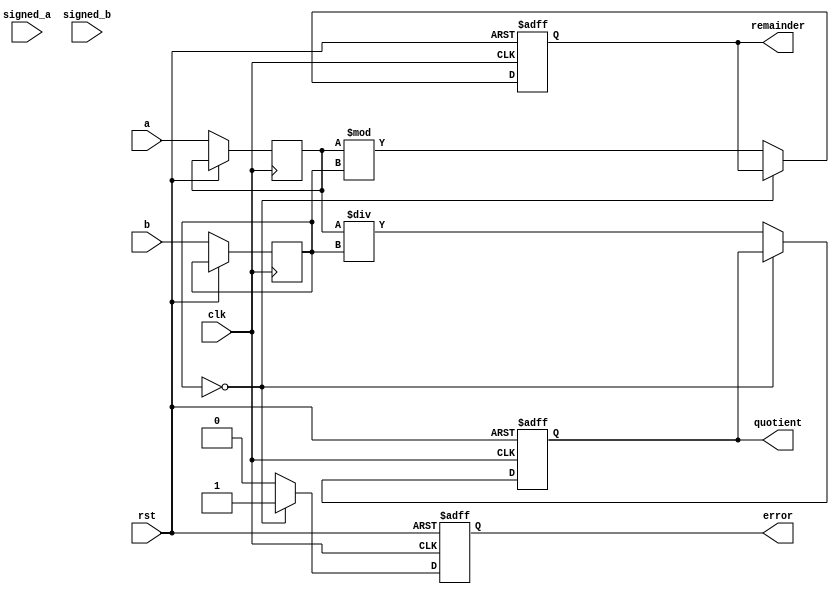
module synchronous_divider (
    input wire clk,
    input wire rst,
    input wire signed_a,
    input wire signed_b,
    input wire [31:0] a,
    input wire [31:0] b,
    output reg [31:0] quotient,
    output reg [31:0] remainder,
    output reg error
);

reg [31:0] a_temp;
reg [31:0] b_temp;

always @(posedge clk or posedge rst) begin
    if (rst) begin
        quotient <= 0;
        remainder <= 0;
        error <= 0;
    end else begin
        if (signed_a) begin
            a_temp <= $signed(a);
        end else begin
            a_temp <= a;
        end

        if (signed_b) begin
            b_temp <= $signed(b);
        end else begin
            b_temp <= b;
        end

        if (b_temp == 0) begin
            error <= 1;
        end else begin
            error <= 0;
            quotient <= a_temp / b_temp;
            remainder <= a_temp % b_temp;
        end
    end
end

endmodule